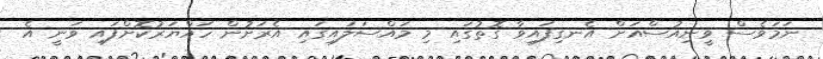
ނަމަވެސް ވީނިއުސްއަށް އެނގިފައިވާ ގޮތުގައި މި މައްސަލައިގައި އެރަށުން ހައްޔަރުކޮށްފައި ވަނީ އެ